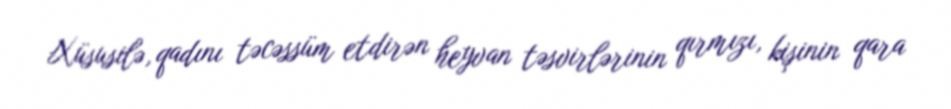
Xüsusilə, qadını təcəssüm etdirən heyvan təsvirlərinin qırmızı, kişinin qara